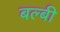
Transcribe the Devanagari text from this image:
बल्बी